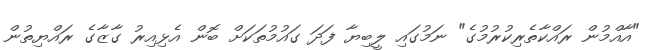
"އާއްމުން ރައްކާތެރިކުރުމުގެ" ނަމުގައި ލީބިޔާ ފަދަ ގައުމުތަކަށް ބޮން އެޅިއިރު ގާޒާގެ ރައްޔިތުން